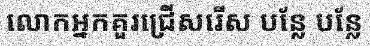
លោកអ្នកគួរជ្រើសរើស បន្លែ បន្លែ